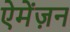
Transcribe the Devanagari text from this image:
ऐमेंज़न